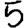
Digit: 5